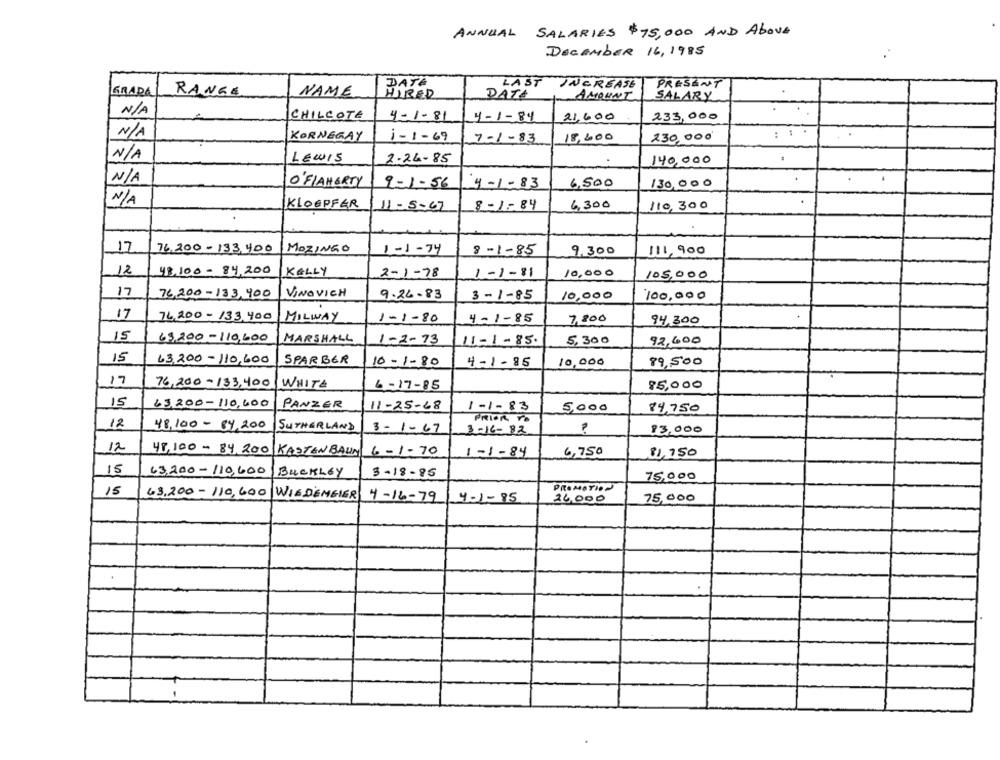
ANNUAL SALARIES $75,000 AND ABOVE
DECEMBER 16, 1985
LAST
INCREASE
PRESENT
GRADA
RANGE
NAME
DATA
HIRED
DATA
SALARY
CHILCOTE
4-1-81
4-1-84
21,600
233,000
KORNEGAY
i-1 - 69
18,400
230,000'
7-1-83
LEWIS
2-24-85
140,000
O'FLAHERTY
6,500
130,000
9-1-56
4-1-83
KLOEPFER
8-1-84
6,300
110,300
11- 5-67
17
76,200 -133,400
MOZINGO
1-1-74
8-1-85
9,300
111,900
12
48.100-84,200
KELLY
2-1-78
1-1-81
10,000
105,000
17
76,200-133,400
VINOVICH
9.26-83
3-1-85
10,000
100,000
17
74,200 - 133,400
MILWAY
1-1-80
4-1-85
7,800
94,300
15
69,200-110,600
MARSHALL
1-2-73
11-1-85.
5,300
92,600
15
63,200-110,600
SPARBER
10-1-80
4-1- 85
10,000
89,500
17
76,200-133,400
WHITE
6-17-85
85,000
15
63.200-110,000
PANZER
11-25-68
1-1-83
5,000
84,750
PRIOR TO
12
48.100-84,200
SUTHERLAND
3-1-67
3-16-82
13,000
12
48,100- 84, 200 KASTEN BAUM 6-1- 70
1-1-84
6,750
81,750
15
63,200-110,600
BUCKLEY
3-18-85
75,000
15
PROMOTION
63,200-110,400 WIEDENGIER
4-16-79
4-1-85
24.000
75,000